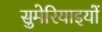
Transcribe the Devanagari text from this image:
सुमेरियाइयों